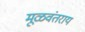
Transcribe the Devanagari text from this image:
मूळवंतराय